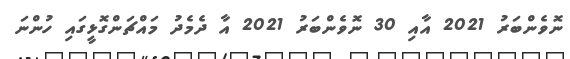
ނޮވެންބަރު 2021 އާއި 30 ނޮވެންބަރު 2021 އާ ދެމެދު މައްޗަންގޮޅީގައި ހުންނަ